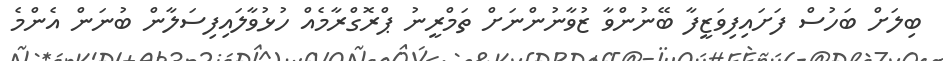
ބިލަށް ބަހުސް ފަށައިފިވަޒީފާ ބޭނުންވާ ޒުވާނުންނަށް ތަމްރީނު ޕްރޮގްރާމެއް ހުޅުވާލައިފިސަލާން ބުނަން އެންމެ